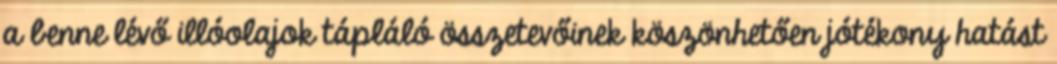
a benne lévő illóolajok tápláló összetevőinek köszönhetően jótékony hatást